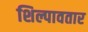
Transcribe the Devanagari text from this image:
शिल्पावतार